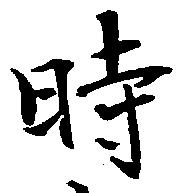
時